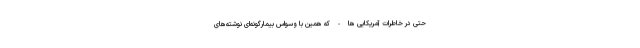
حتی در خاطرات آمریکایی ها - که همین با وسواس بیمارگونه‌ای نوشته‌های